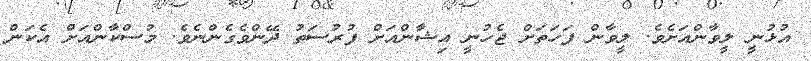
އުޅުނީ ލީވާންއަށެވެ. ލީވާން ފަހަތަށް ޖެހުނީ އިޝާންއަށް ފުރުސަތު ދޭންވެގެންނެވެ. މުސްކާންއަށް އެކަން